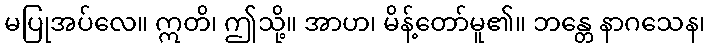
မပြုအပ်လေ။ ဣတိ၊ ဤသို့။ အာဟ၊ မိန့်တော်မူ၏။ ဘန္တေ နာဂသေန၊